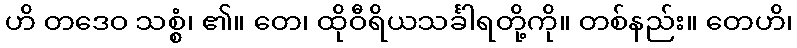
ဟိ တဒေဝ သစ္စံ၊ ၏။ တေ၊ ထိုဝီရိယသင်္ခါရတို့ကို။ တစ်နည်း။ တေဟိ၊